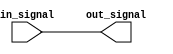
module voltage_level_shifter (
    input wire in_signal,
    output wire out_signal
);

// Logic to detect input voltage level and translate it to output voltage level

assign out_signal = in_signal; // Placeholder translation logic

endmodule